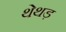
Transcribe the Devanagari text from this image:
थेथड़